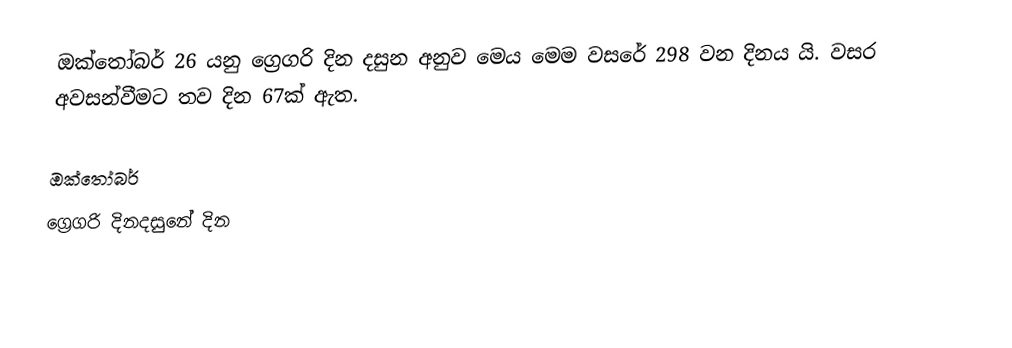
ඔක්තෝබර් 26 යනු ග්‍රෙගරි දින දසුන අනුව මෙය මෙම වසරේ 298 වන දිනය යි. වසර අවසන්වීමට තව දින 67ක් ඇත.

ඔක්තෝබර්
ග්‍රෙගරි දිනදසුනේ දින